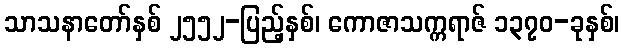
သာသနာတော်နှစ် ၂၅၅၂-ပြည့်နှစ်၊ ကောဇာသက္ကရာဇ် ၁၃၇၀-ခုနှစ်၊